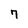
Character: 7